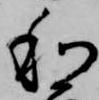
和